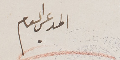
المدعي العام